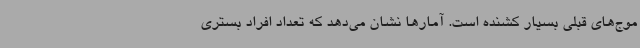
موج‌های قبلی بسیار کشنده است. آمارها نشان می‌دهد که تعداد افراد بستری